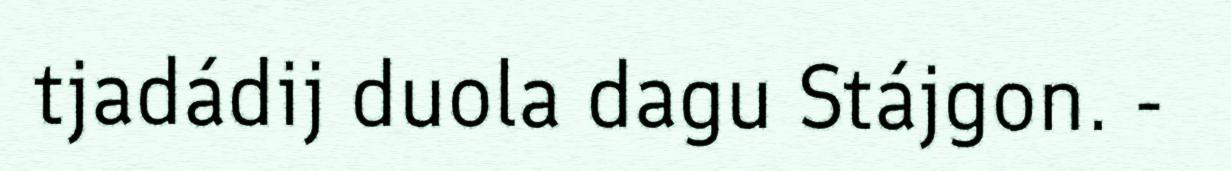
tjadádij duola dagu Stájgon. -